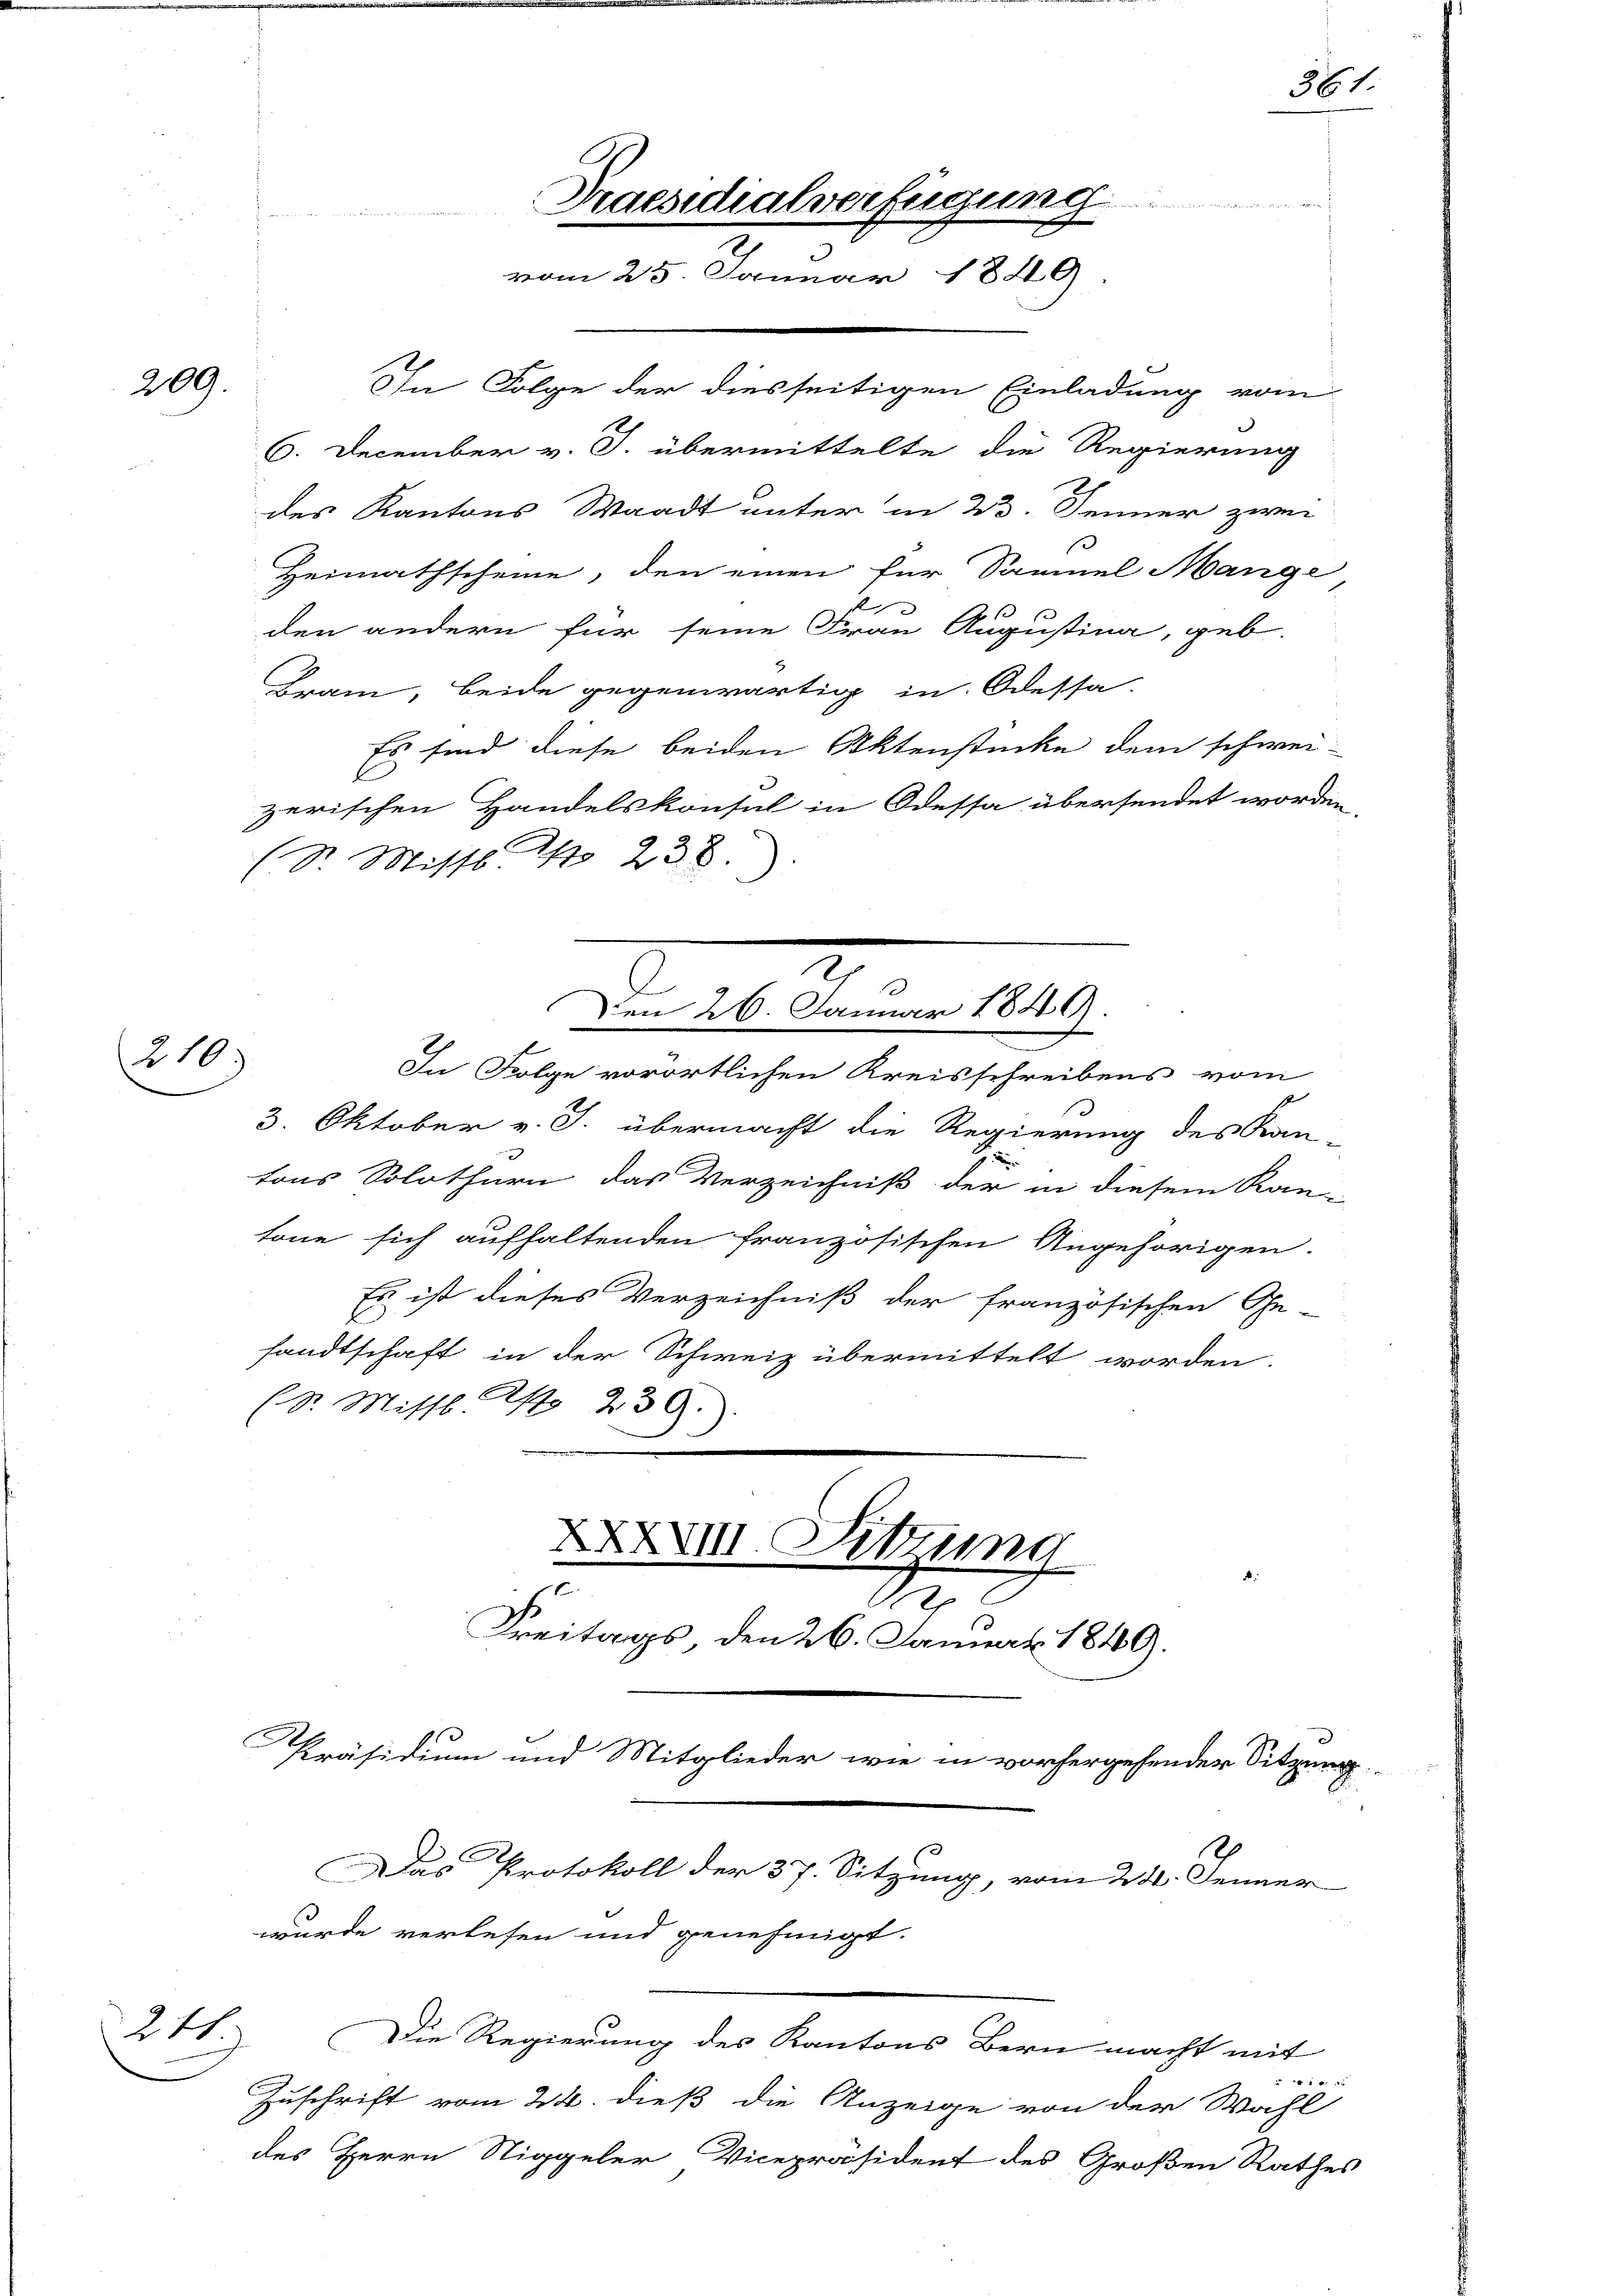
(210)

209.

248

In Folge der diesseitigen Einladung vom
Heimathscheine, den einen für Samuel Mange
den andern für seine Frau Augustina, geb.
Bram, beide gegenwärtig in Odessa-
Es sind diese beiden Aktenstücke dem schwei-
zerischen Handelskonsul in Odessa übersendet word.
(Sr. Misse I 238.
2.
Den 26. Januar 1849.
In Folge vorörtlichen Kreisschreibens vom
3. Oktober v. J. übermacht die Regierung des Kan-
tons Solothurn das Verzeichniß der in diesem Kan-
tone sich aufhaltenden französischen Angehörigen.
Es ist dieses Verzeichniß der französischen Ge-
sandtschaft in der Schweiz übermittelt worden.
(Sr. Missl Ast 239.
XXXVIII Sitzung
s

2
Freitags, den 26. Januar 1849.
Präsidium und Mitglieder wie in vorhergehender Sitzung

Praesidialverfügung

2
vom 25. Januar 1849

6. December v. J. übermittelte die Regierung
des Kantons Waadt unter in 23. Jenner zwei

Das Protokoll der 37. Sitzung, vom 22. Jenner
wurde verlesen und genehmigt.
Die Regierung des Kantons Bern macht mit

Zuschrift vom 24. dieß die Anzeige von der Wahl
des Herrn Niggeler Vicepräsident des Großen Rathes

361.

d
2